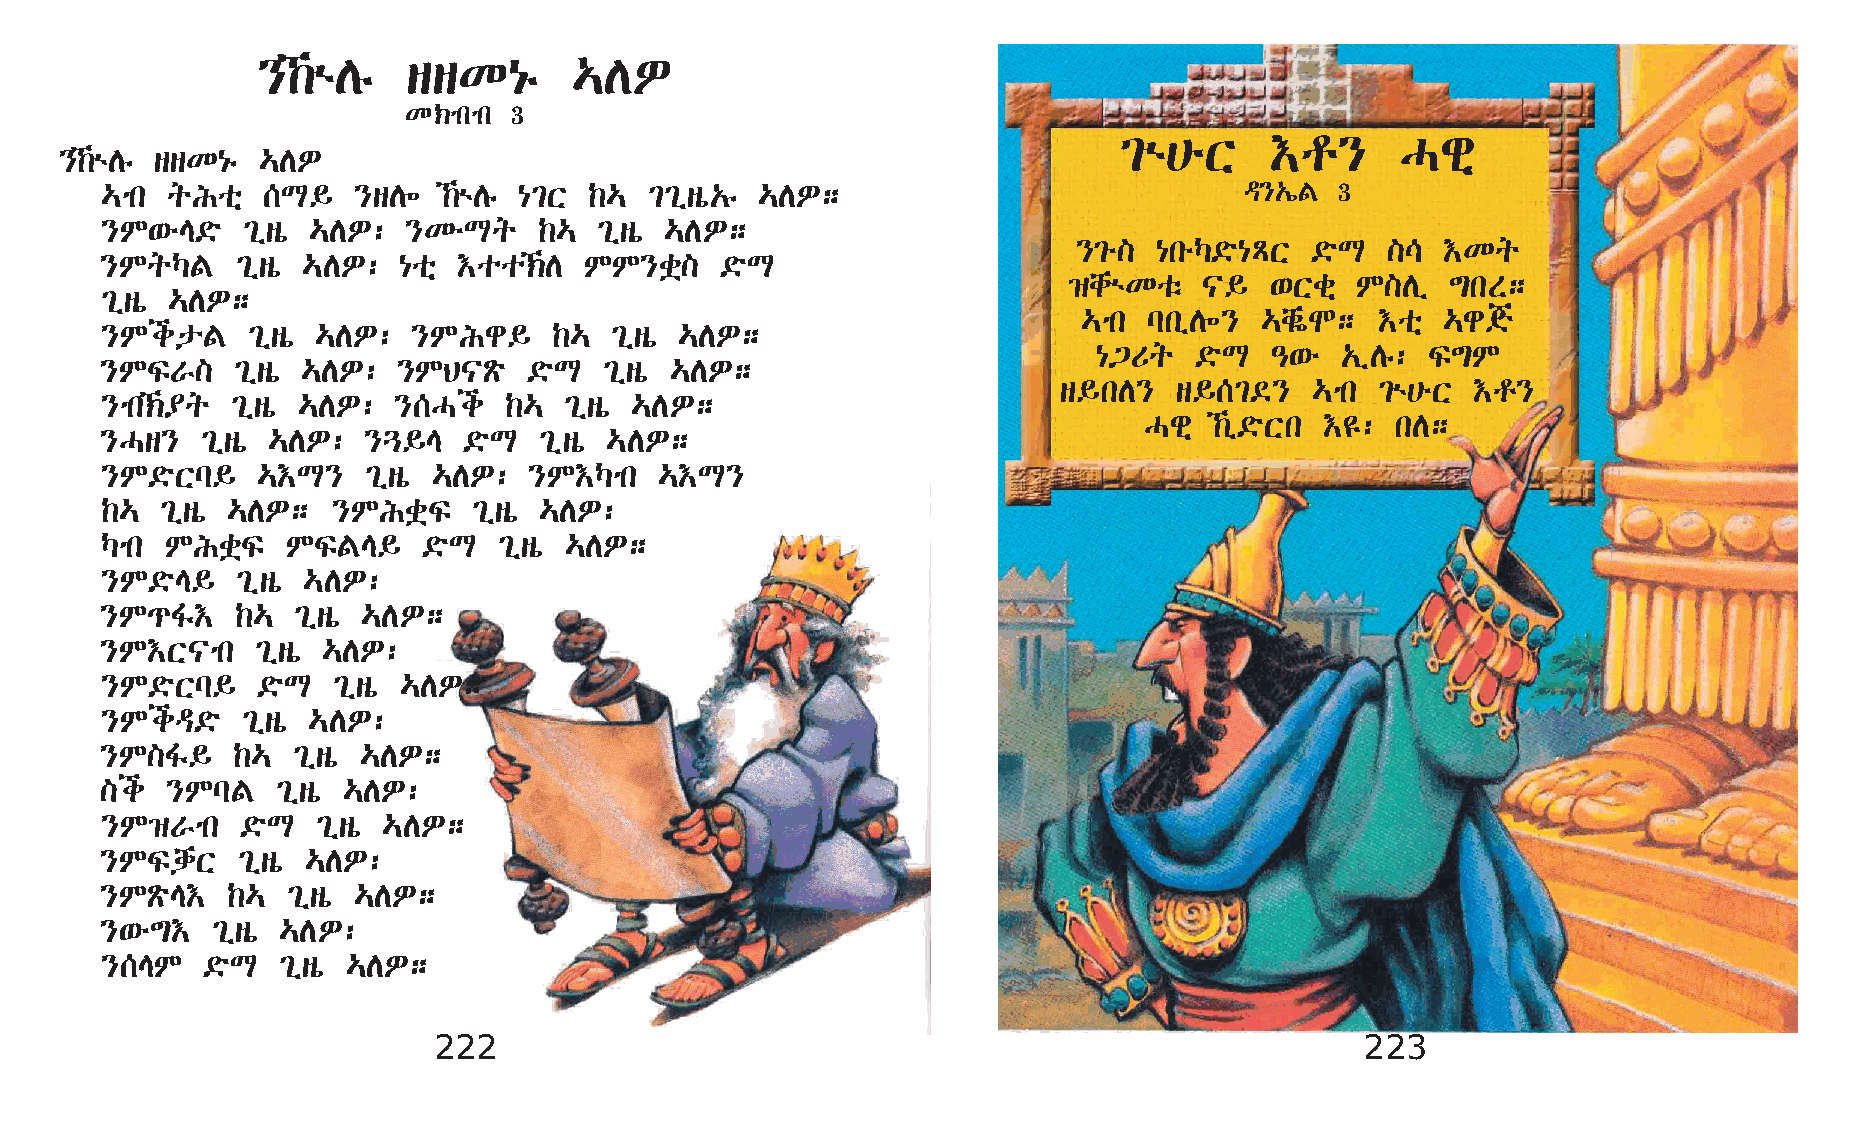
}‰ùDê    ssK{ê      …DÈ
 K‹mkmk 3
 ²ù@éX     †r}      Hgñ
 }‰ùDê ssK{ê …DÈ
 …mk qIoñ  [L§   }sD÷  ‰ùDê {²X ‰…  ²²ïsò„ê …DÈ;                           ª}„íF  3
 }M‘éE©ö  ²ïsò …DÈ:  }KéLq    ‰…  ²ïsò …DÈ;
 }²é]  {kéŠ©ö{ÄX ©öL  ]\  †Kq
 }MqŠF    ²ïsò …DÈ: {oñ †oo‹D   MM}cü]   ©öL
 ›chùKoë  |§  ‘Xcñ  M]Dï  ´kS;
 ²ïsò …DÈ;
 …mk lkïD÷} …chøN;  †oñ  …g°
 }MipF    ²ïsò …DÈ:  }MIg§     ‰… ²ïsò …DÈ;
 {³Uq  ©öL  –‘é  „ïDê: Ï´M
 }MÏV]   ²ïsò …DÈ:  }MB|Ãö   ©öL  ²ïsò …DÈ;
 s§kD}   s§[²©}   …mk ²ù@éX  †r}
 }mk‹¥q ²ïsò …DÈ:  }[Hi   ‰…  ²ïsò …DÈ;
 Hgñ ‰ï©öXk †£: kD;
 }Hs}  ²ïsò …DÈ:  }¶§E   ©öL  ²ïsò …DÈ;
 }M©öXl§   …†L}   ²ïsò …DÈ:  }M†Šmk   …†L}
 ‰…  ²ïsò …DÈ;  }MIcüÏ   ²ïsò …DÈ:
 Šmk MIcüÏ   MÏFE§    ©öL  ²ïsò …DÈ;
 }M©öE§   ²ïsò …DÈ:
 }M¹Í†    ‰… ²ïsò …DÈ;
 }M†X|mk   ²ïsò …DÈ:
 }M©öXl§   ©öL  ²ïsò …DÈ;
 }Miª©ö   ²ïsò …DÈ:
 }M]Í§   ‰…  ²ïsò …DÈ;
 ]i  }MlF   ²ïsò …DÈ:
 }M›Vmk   ©öL  ²ïsò …DÈ;
 }MÏdhX   ²ïsò …DÈ:
 }MÃöE†  ‰…  ²ïsò …DÈ;
 }‘é´†  ²ïsò …DÈ:
 }[EM  ©öL  ²ïsò …DÈ;
 222                                                          223